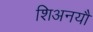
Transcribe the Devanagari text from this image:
शिअनयौ